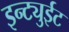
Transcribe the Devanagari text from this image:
इन्ट्युईट